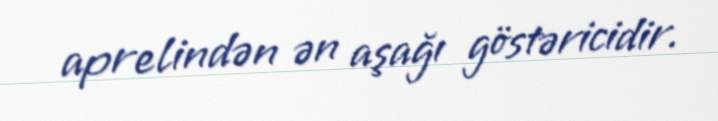
aprelindən ən aşağı göstəricidir.